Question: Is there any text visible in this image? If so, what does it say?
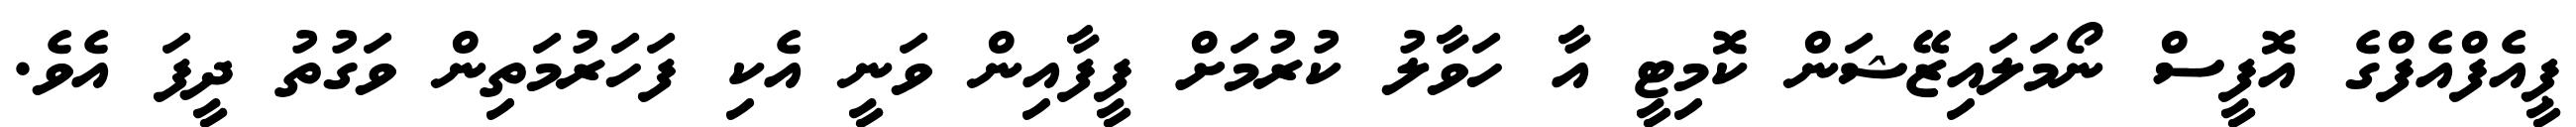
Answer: ޕީއެފްއެފްގެ އޮފީސް ނޯމަލައިޒޭޝަން ކޮމިޓީ އާ ހަވާލު ކުރުމަށް ފީފާއިން ވަނީ އެކި ފަހަރުމަތިން ވަގުތު ދީފަ އެވެ.